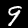
Label: 9